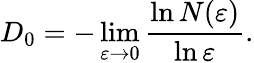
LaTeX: D_{0}=-\operatorname*{lim}_{\varepsilon\to 0}\frac{\ln{N(\varepsilon)}}{\ln{\varepsilon}}.